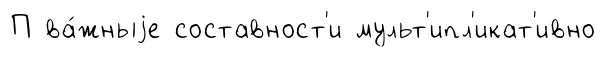
П ва́жныjе составност'и мульт'ипл'икат'ивно